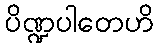
ပိဏ္ဍပါတေဟိ